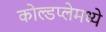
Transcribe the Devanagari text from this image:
कोल्डप्लेमध्ये